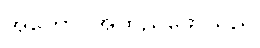
အကောင်အထည်ဖော်သည်